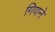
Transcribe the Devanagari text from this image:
गिणने